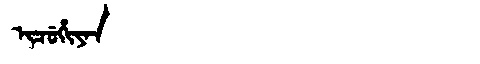
Manchu: ᡳᠴᡠᡥᡳᠶᠠᠨ
Romanization: ICUHIYAN